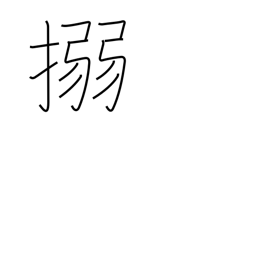
Meaning: bind